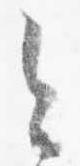
今